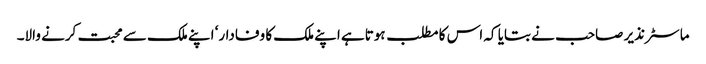
ماسٹر نذیر صاحب نے بتایا کہ اس کا مطلب ہوتاہے اپنے ملک کا وفادار‘ اپنے ملک سے محبت کرنے والا۔